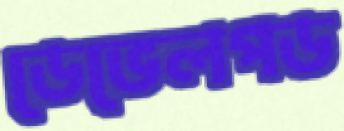
ডেভেলপড